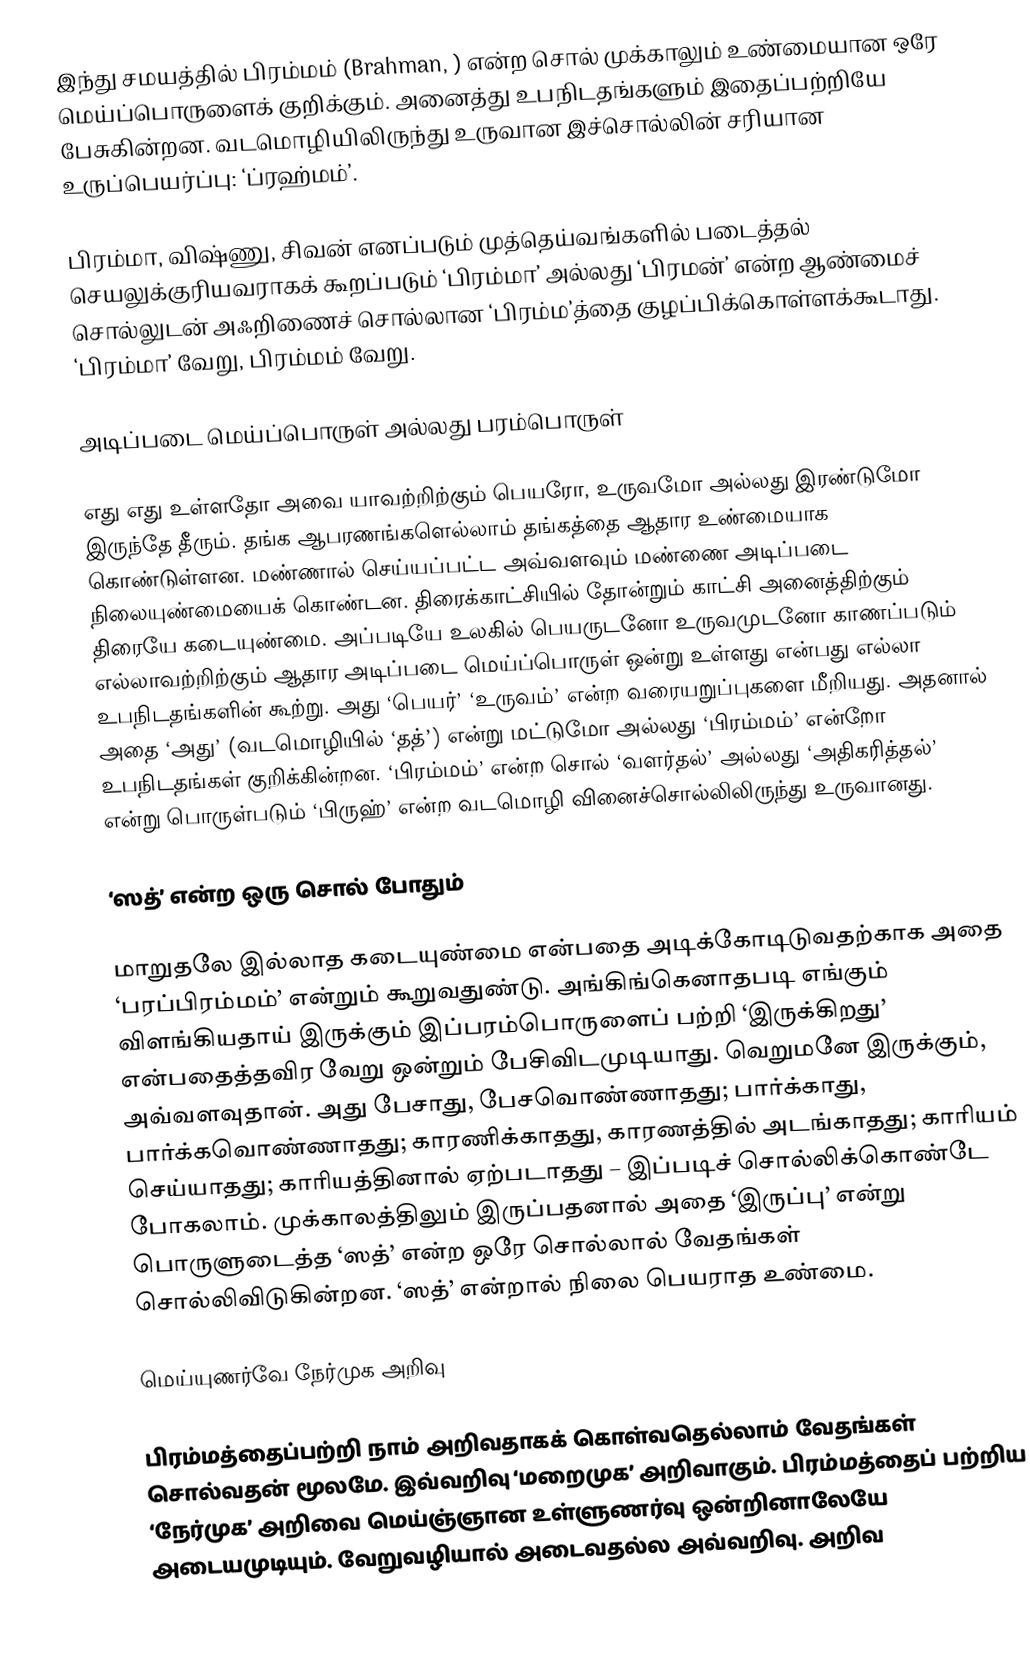
இந்து சமயத்தில் பிரம்மம் (Brahman, ) என்ற சொல் முக்காலும் உண்மையான ஒரே மெய்ப்பொருளைக் குறிக்கும். அனைத்து உபநிடதங்களும் இதைப்பற்றியே பேசுகின்றன. வடமொழியிலிருந்து உருவான இச்சொல்லின் சரியான உருப்பெயர்ப்பு: ‘ப்ரஹ்மம்’.

பிரம்மா, விஷ்ணு, சிவன் எனப்படும் முத்தெய்வங்களில் படைத்தல் செயலுக்குரியவராகக் கூறப்படும் ‘பிரம்மா’ அல்லது ‘பிரமன்’ என்ற ஆண்மைச் சொல்லுடன் அஃறிணைச் சொல்லான ‘பிரம்ம’த்தை குழப்பிக்கொள்ளக்கூடாது. ‘பிரம்மா’ வேறு, பிரம்மம் வேறு.

அடிப்படை மெய்ப்பொருள் அல்லது பரம்பொருள்

எது எது உள்ளதோ அவை யாவற்றிற்கும் பெயரோ, உருவமோ அல்லது இரண்டுமோ இருந்தே தீரும். தங்க ஆபரணங்களெல்லாம் தங்கத்தை ஆதார உண்மையாக கொண்டுள்ளன. மண்ணால் செய்யப்பட்ட அவ்வளவும் மண்ணை அடிப்படை நிலையுண்மையைக் கொண்டன. திரைக்காட்சியில் தோன்றும் காட்சி அனைத்திற்கும் திரையே கடையுண்மை. அப்படியே உலகில் பெயருடனோ உருவமுடனோ காணப்படும் எல்லாவற்றிற்கும் ஆதார அடிப்படை மெய்ப்பொருள் ஒன்று உள்ளது என்பது எல்லா உபநிடதங்களின் கூற்று. அது ‘பெயர்’ ‘உருவம்’ என்ற வரையறுப்புகளை மீறியது. அதனால் அதை ‘அது’ (வடமொழியில் ‘தத்’) என்று மட்டுமோ அல்லது ‘பிரம்மம்’ என்றோ உபநிடதங்கள் குறிக்கின்றன. ‘பிரம்மம்’ என்ற சொல் ‘வளர்தல்’ அல்லது ‘அதிகரித்தல்’ என்று பொருள்படும் ‘பிருஹ்’ என்ற வடமொழி வினைச்சொல்லிலிருந்து உருவானது.

‘ஸத்’ என்ற ஒரு சொல் போதும்

மாறுதலே இல்லாத கடையுண்மை என்பதை அடிக்கோடிடுவதற்காக அதை ‘பரப்பிரம்மம்’ என்றும் கூறுவதுண்டு. அங்கிங்கெனாதபடி எங்கும் விளங்கியதாய் இருக்கும் இப்பரம்பொருளைப் பற்றி ‘இருக்கிறது’ என்பதைத்தவிர வேறு ஒன்றும் பேசிவிடமுடியாது. வெறுமனே இருக்கும், அவ்வளவுதான். அது பேசாது, பேசவொண்ணாதது; பார்க்காது, பார்க்கவொண்ணாதது; காரணிக்காதது, காரணத்தில் அடங்காதது; காரியம் செய்யாதது; காரியத்தினால் ஏற்படாதது – இப்படிச் சொல்லிக்கொண்டே போகலாம். முக்காலத்திலும் இருப்பதனால் அதை ‘இருப்பு’ என்று பொருளுடைத்த ‘ஸத்’ என்ற ஒரே சொல்லால் வேதங்கள் சொல்லிவிடுகின்றன. ‘ஸத்’ என்றால் நிலை பெயராத உண்மை.

மெய்யுணர்வே நேர்முக அறிவு

பிரம்மத்தைப்பற்றி நாம் அறிவதாகக் கொள்வதெல்லாம் வேதங்கள் சொல்வதன் மூலமே. இவ்வறிவு ‘மறைமுக’ அறிவாகும். பிரம்மத்தைப் பற்றிய ‘நேர்முக’ அறிவை மெய்ஞ்ஞான உள்ளுணர்வு ஒன்றினாலேயே அடையமுடியும். வேறுவழியால் அடைவதல்ல அவ்வறிவு. அறிவ